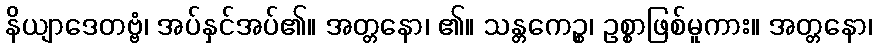
နိယျာဒေတဗ္ဗံ၊ အပ်နှင်အပ်၏။ အတ္တနော၊ ၏။ သန္တကေဉ္စ၊ ဥစ္စာဖြစ်မူကား။ အတ္တနော၊